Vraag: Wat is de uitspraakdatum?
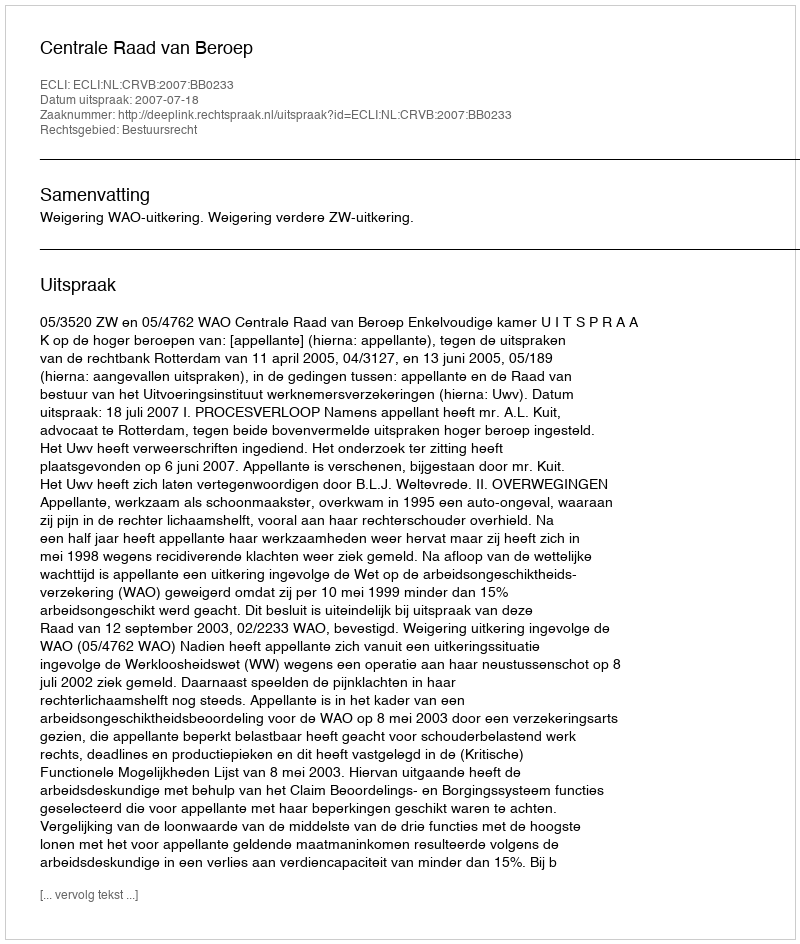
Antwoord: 2007-07-18